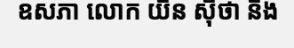
ឧសភា លោក យិន ស៊ីថា និង